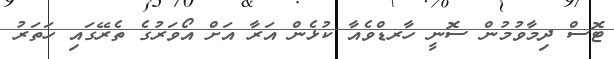
ޓޮސް ދިމާވުމުން ސޮނީ ހާރޑްވެއާ ކުޅެން އަރާ އަށް އޯވަރުގެ ތެރޭގައި ހަތަރު